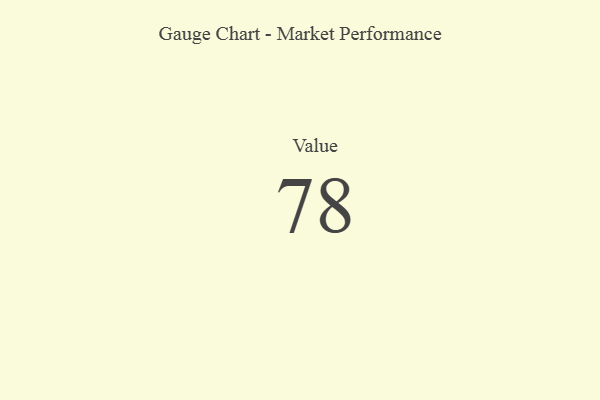
{"axis": {"x": "Metric", "y": "Value"}, "legend": [""], "data": [{"x": "Value", "y": 78, "type": ""}]}